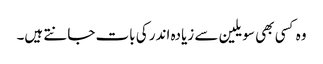
وہ کسی بھی سویلین سے زیادہ اندر کی بات جانتے ہیں۔